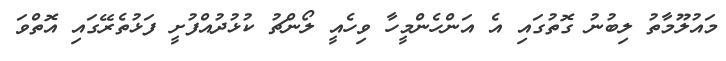
މައުލޫމާތު ލިބުނު ގޮތުގައި އެ އަންހެންމީހާ ވިހެއީ ލޯންޗު ކުޅުދުއްފުށީ ފަޅުތެރޭގައި އޮތްވަ